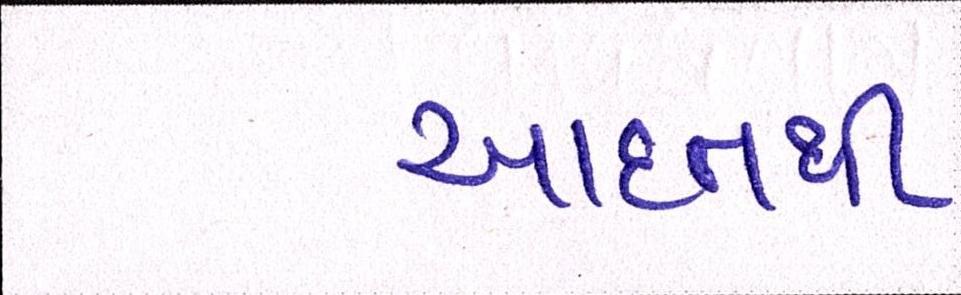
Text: આદતથી